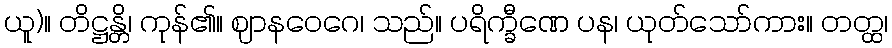
ယူ)။ တိဋ္ဌန္တိ၊ ကုန်၏။ ဈာနဝေဂေ၊ သည်။ ပရိက္ခီဏေ ပန၊ ယုတ်သော်ကား။ တတ္ထ၊